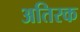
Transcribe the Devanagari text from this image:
अतिरक